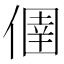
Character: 㒁